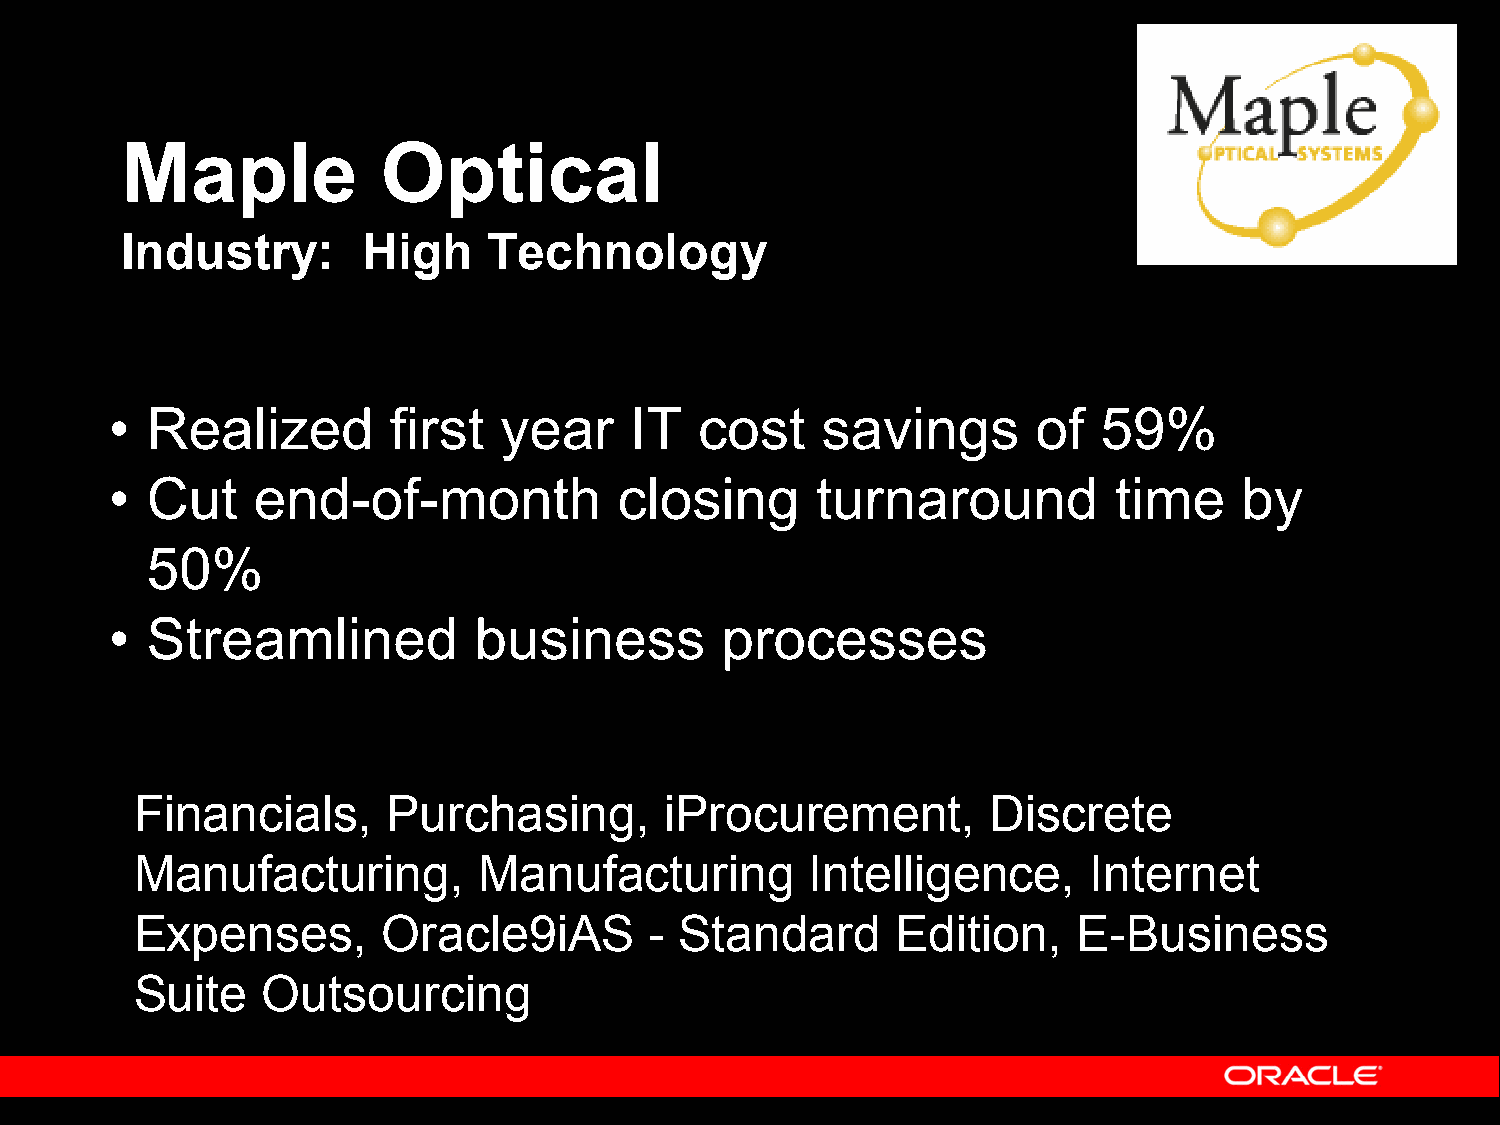
Maple            Optical
 Industry:       High    Technology
 •  Realized        first  year     IT  cost    savings        of  59%
 •  Cut    end-of-month            closing      turnaround          time    by
 50%
 •  Streamlined          business         processes
 Financials,      Purchasing,       iProcurement,         Discrete
 Manufacturing,         Manufacturing         Intelligence,     Internet
 Expenses,       Oracle9iAS        - Standard      Edition,    E-Business
 Suite   Outsourcing